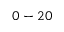
0 - 2 0